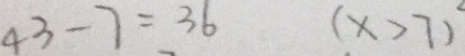
4 3 - 7 = 3 6 ( x > 7 )